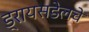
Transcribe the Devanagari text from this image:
ड्रायसडेलचे